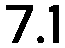
7.1